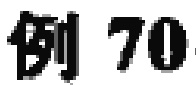
例 70